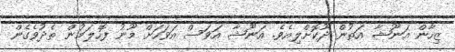
ޒިހާން އަނޫޝާ އަތުން ދޫކޮށްލިއެވެ. އަނޫޝާ އަވަސް އަވަހަށް މޫނު ފޮހެލަމުން ތެދުވެގެން